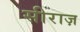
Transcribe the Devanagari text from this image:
सीराज़